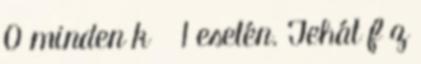
0 minden k ≥ 1 esetén. Tehát f z